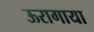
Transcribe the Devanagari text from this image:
ऊरागाया